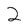
Character: 2